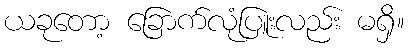
ယခုတော့ ခြောက်လုံပြူးလည်း မရှိ။